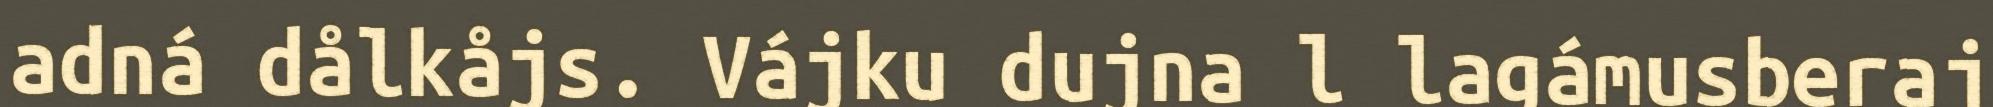
adná dålkåjs. Vájku dujna l lagámusberaj